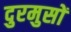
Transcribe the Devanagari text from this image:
दुरमुसों